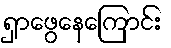
ရှာဖွေနေကြောင်း